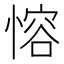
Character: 愹